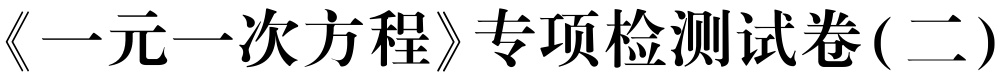
《一元一次方程》专项检测试卷(二)